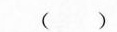
( )